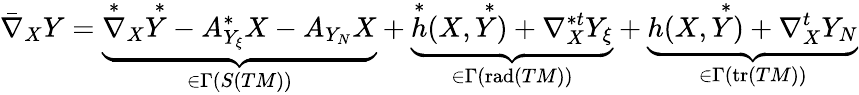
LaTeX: \bar{\nabla}_{X}Y=\underbrace{\overset{*}{\nabla}_{X}\overset{*}{Y}-A_{Y_{\xi}}^{*}X-A_{Y_{N}}X}_{\in\Gamma(S(TM))}+\underbrace{\overset{*}{h}(X,\overset{*}{Y})+\nabla_{X}^{*t}Y_{\xi}}_{\in\Gamma(\mathrm{rad}(TM))}+\underbrace{h(X,\overset{*}{Y})+\nabla_{X}^{t}Y_{N}}_{\in\Gamma(\mathrm{tr}(TM))}